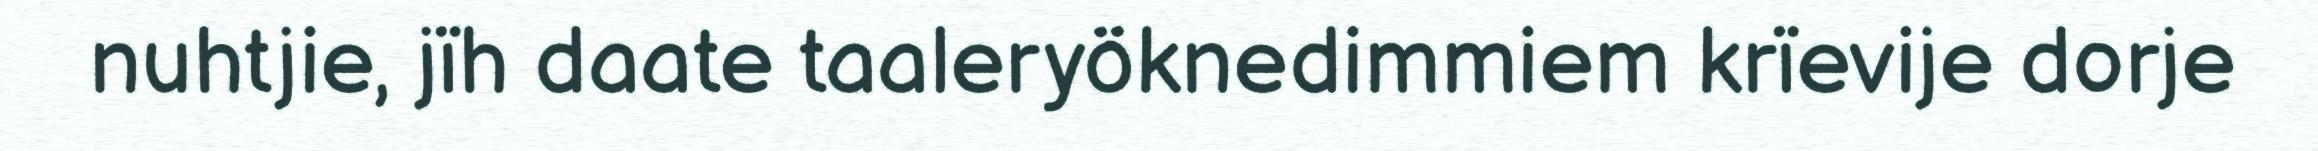
nuhtjie, jïh daate taaleryöknedimmiem krïevije dorje